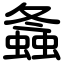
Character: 螽